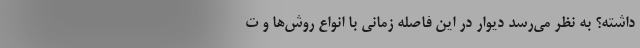
داشته؟ به نظر می‌رسد دیوار در این فاصله زمانی با انواع روش‌ها و ت